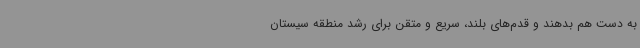
به دست هم بدهند و قدم‌های بلند، سریع و متقن برای رشد منطقه سیستان